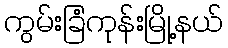
ကွမ်းခြံကုန်းမြို့နယ်